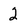
Character: 2